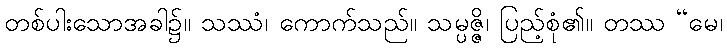
တစ်ပါးသောအခါ၌။ သဿံ၊ ကောက်သည်။ သမ္ပဇ္ဇိ၊ ပြည့်စုံ၏။ တဿ “မေ၊